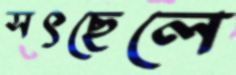
সৎছেলে